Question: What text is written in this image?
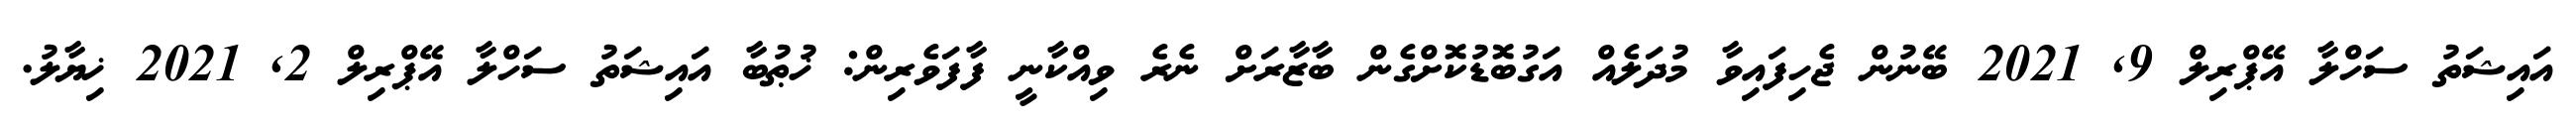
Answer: އައިޝަތު ސަހްލާ އޭޕްރިލް 9, 2021 ބޭނުން ޖެހިފައިވާ މުދަލެއް އަގުބޮޑުކޮށްގެން ބާޒާރަށް ނެރެ ވިއްކާނީ ފާފަވެރިން: ޚުޠުބާ އައިޝަތު ސަހްލާ އޭޕްރިލް 2, 2021 ޚިޔާލު.